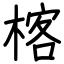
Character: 楁